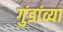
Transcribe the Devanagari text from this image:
गुंडांव्या